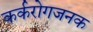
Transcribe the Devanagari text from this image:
कर्करोगजनक